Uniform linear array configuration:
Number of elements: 4
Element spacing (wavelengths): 0.5
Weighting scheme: hann
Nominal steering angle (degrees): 45
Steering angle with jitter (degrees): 45.758
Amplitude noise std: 0.05
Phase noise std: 0.05

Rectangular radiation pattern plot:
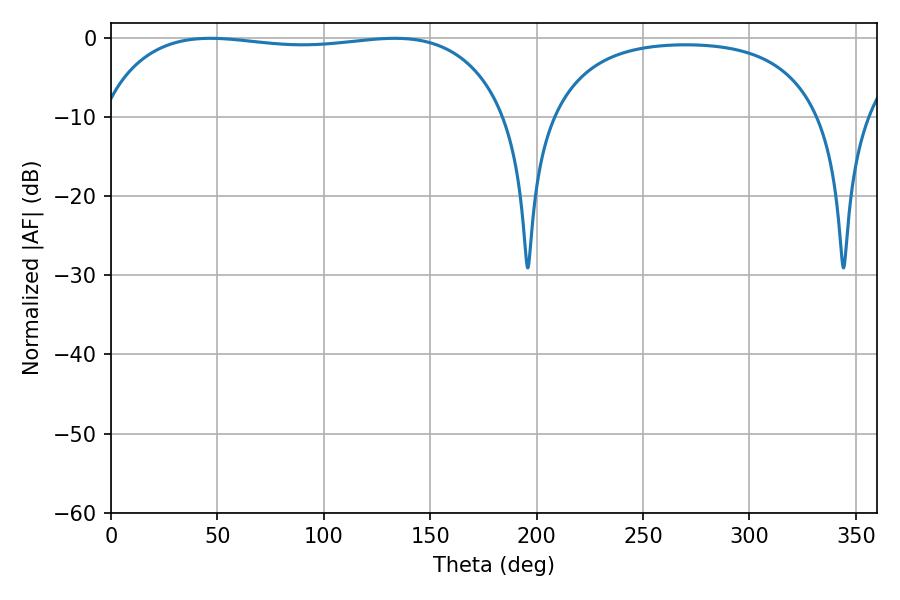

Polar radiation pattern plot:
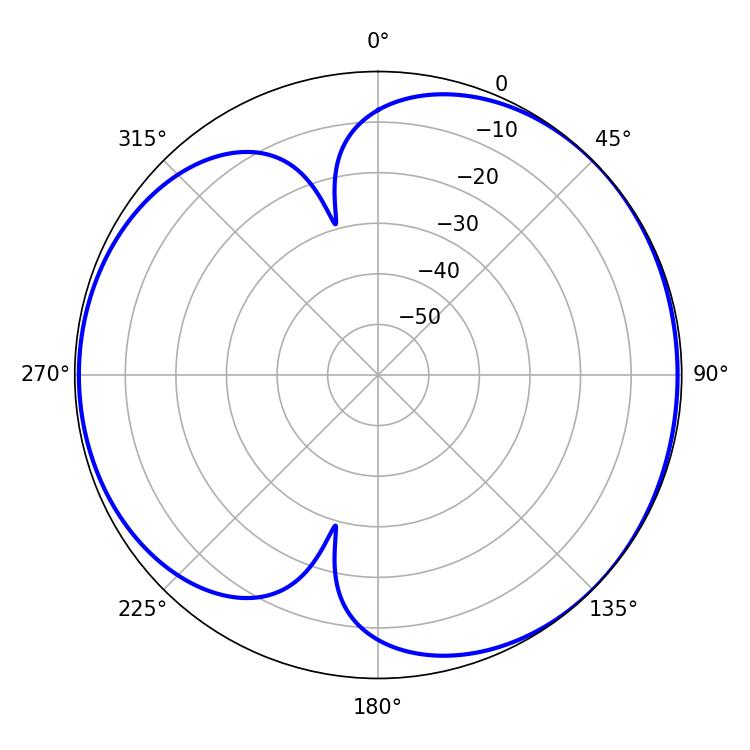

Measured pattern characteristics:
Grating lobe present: FALSE
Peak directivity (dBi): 4.719
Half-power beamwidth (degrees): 153.72
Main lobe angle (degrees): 46.62